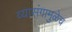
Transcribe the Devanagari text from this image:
व्यासंगामुळेच